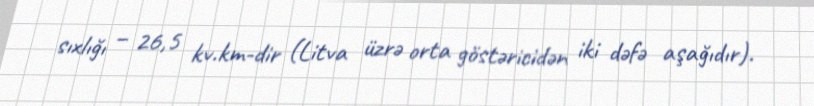
sıxlığı – 26,5 kv.km-dir (Litva üzrə orta göstəricidən iki dəfə aşağıdır).